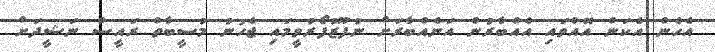
އެހެން އެކަން އޮއްވައި އެއްބާރުން އަނެއްބާރަށް ނުފޫޒުފޯރުވީމައި ޖެހުނު މުސީބާތް ރައީސް ނަޝީދަށް